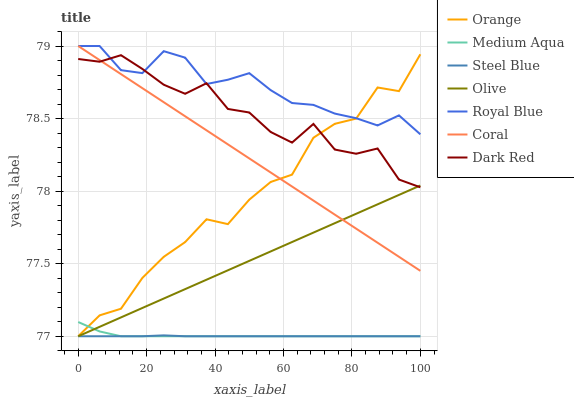
| xaxis_label | Orange | Medium Aqua | Steel Blue | Olive | Royal Blue | Coral | Dark Red |
 | --- | --- | --- | --- | --- | --- | --- | --- |
 | 0 | 77 | 77.1 | 77 | 77 | 79 | 79 | 78.9 |
 | 6.25 | 77.1 | 77 | 77 | 77.1 | 79 | 78.9 | 78.9 |
 | 12.5 | 77.2 | 77 | 77 | 77.1 | 78.8 | 78.8 | 78.9 |
 | 18.8 | 77.4 | 77 | 77 | 77.2 | 78.8 | 78.7 | 78.8 |
 | 25 | 77.5 | 77 | 77 | 77.3 | 79 | 78.6 | 78.7 |
 | 31.2 | 77.6 | 77 | 77 | 77.3 | 78.9 | 78.5 | 78.7 |
 | 37.5 | 77.8 | 77 | 77 | 77.4 | 78.7 | 78.4 | 78.7 |
 | 43.8 | 77.8 | 77 | 77 | 77.5 | 78.8 | 78.3 | 78.6 |
 | 50 | 77.9 | 77 | 77 | 77.5 | 78.8 | 78.2 | 78.5 |
 | 56.2 | 78.1 | 77 | 77 | 77.6 | 78.7 | 78.1 | 78.4 |
 | 62.5 | 78.1 | 77 | 77 | 77.6 | 78.6 | 78 | 78.3 |
 | 68.8 | 78.4 | 77 | 77 | 77.7 | 78.6 | 77.9 | 78.5 |
 | 75 | 78.5 | 77 | 77 | 77.8 | 78.5 | 77.8 | 78.3 |
 | 81.2 | 78.5 | 77 | 77 | 77.8 | 78.5 | 77.7 | 78.3 |
 | 87.5 | 78.7 | 77 | 77 | 77.9 | 78.5 | 77.6 | 78.3 |
 | 93.8 | 78.7 | 77 | 77 | 78 | 78.5 | 77.5 | 78.1 |
 | 100 | 78.9 | 77 | 77 | 78 | 78.4 | 77.5 | 78 |